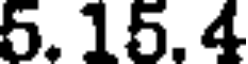
5. 15. 4